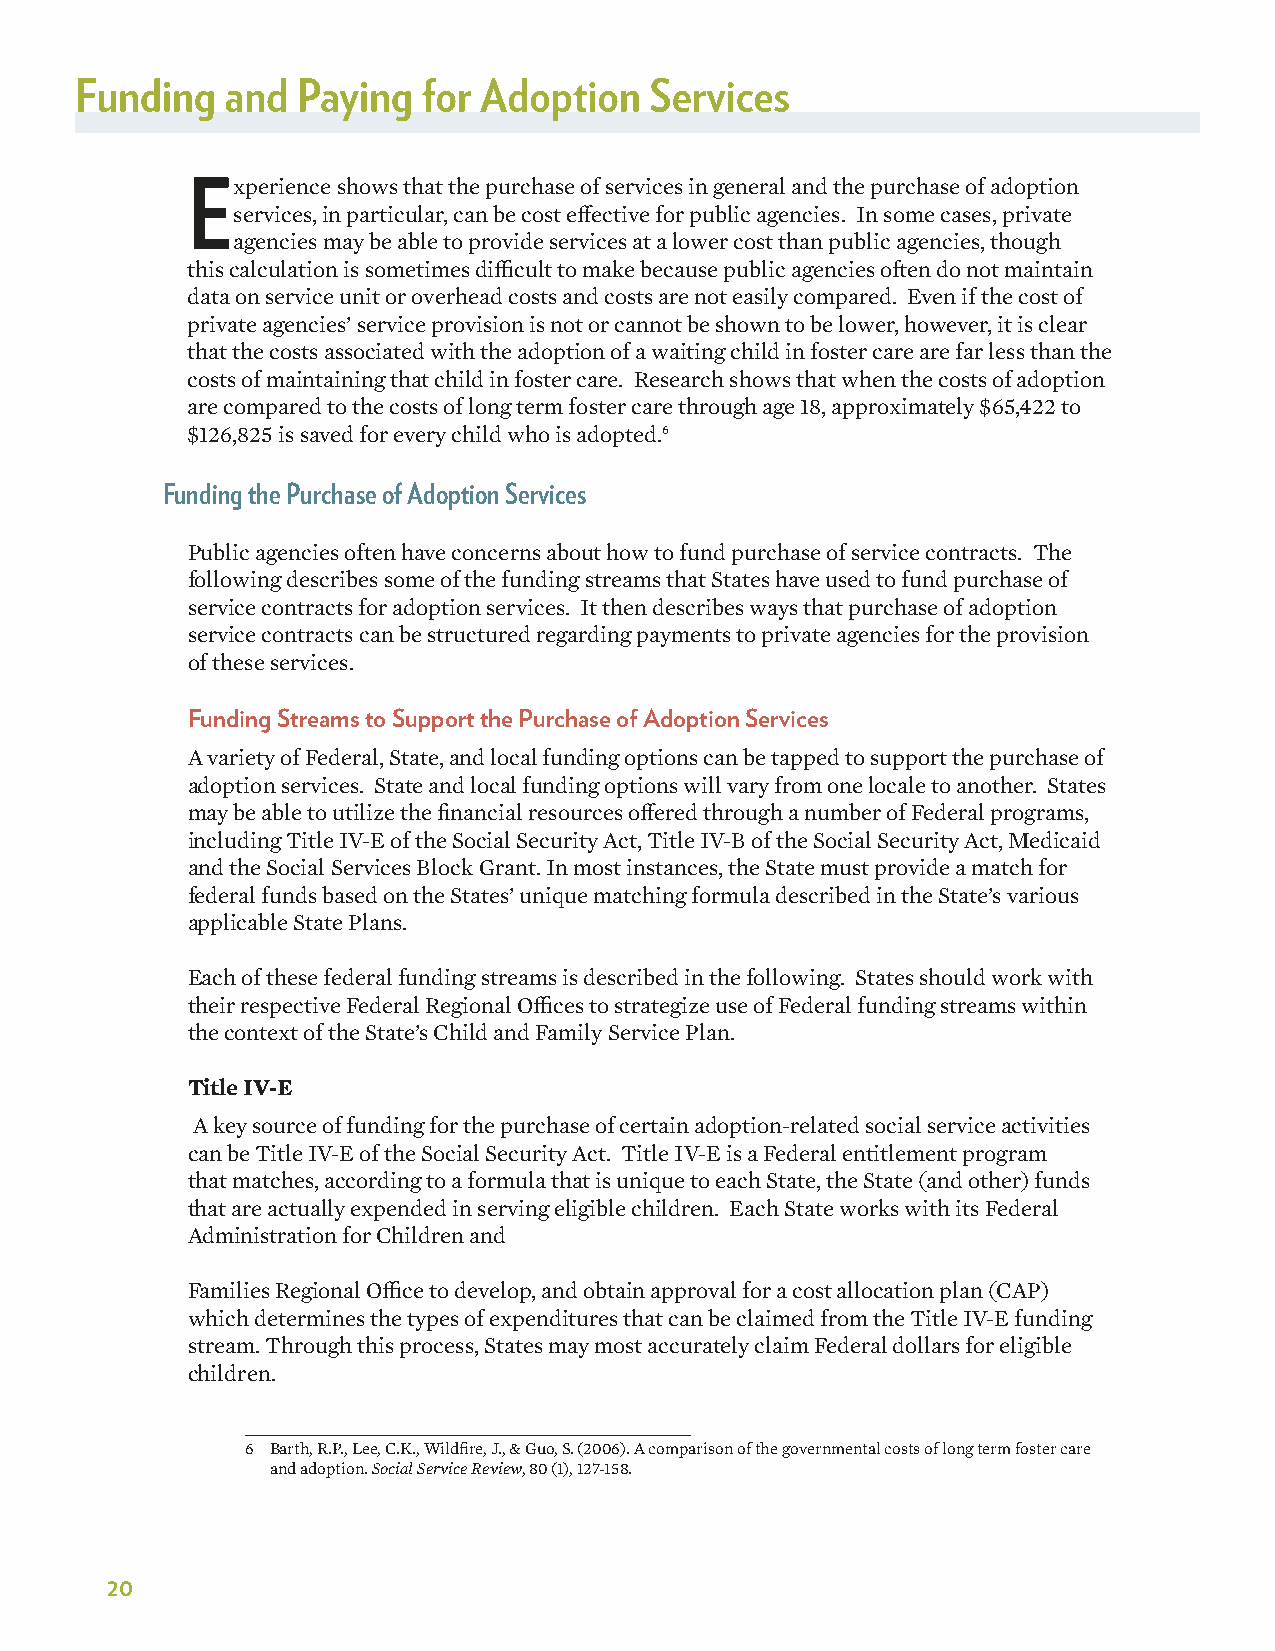
Funding   and  Paying  for Adoption   Services
 Experience shows that the purchase of services in general and the purchase of adoption
 services, in particular, can be cost effective for public agencies. In some cases, private
 agencies may be able to provide services at a lower cost than public agencies, though
 this calculation is sometimes difficult to make because public agencies often do not maintain
 data on service unit or overhead costs and costs are not easily compared. Even if the cost of
 private agencies’ service provision is not or cannot be shown to be lower, however, it is clear
 that the costs associated with the adoption of a waiting child in foster care are far less than the
 costs of maintaining that child in foster care. Research shows that when the costs of adoption
 are compared to the costs of long term foster care through age 18, approximately $65,422 to
 $126,825 is saved for every child who is adopted.6
 Funding the Purchase of Adoption Services
 Public agencies often have concerns about how to fund purchase of service contracts. The
 following describes some of the funding streams that States have used to fund purchase of
 service contracts for adoption services. It then describes ways that purchase of adoption
 service contracts can be structured regarding payments to private agencies for the provision
 of these services.
 Funding Streams to Support the Purchase of Adoption Services
 A variety of Federal, State, and local funding options can be tapped to support the purchase of
 adoption services. State and local funding options will vary from one locale to another. States
 may be able to utilize the financial resources offered through a number of Federal programs,
 including Title IV-E of the Social Security Act, Title IV-B of the Social Security Act, Medicaid
 and the Social Services Block Grant. In most instances, the State must provide a match for
 federal funds based on the States’ unique matching formula described in the State’s various
 applicable State Plans.
 Each of these federal funding streams is described in the following. States should work with
 their respective Federal Regional Offices to strategize use of Federal funding streams within
 the context of the State’s Child and Family Service Plan.
 Title IV-E
 A key source of funding for the purchase of certain adoption-related social service activities
 can be Title IV-E of the Social Security Act. Title IV-E is a Federal entitlement program
 that matches, according to a formula that is unique to each State, the State (and other) funds
 that are actually expended in serving eligible children. Each State works with its Federal
 Administration for Children and
 Families Regional Office to develop, and obtain approval for a cost allocation plan (CAP)
 which determines the types of expenditures that can be claimed from the Title IV-E funding
 stream. Through this process, States may most accurately claim Federal dollars for eligible
 children.
 6 Barth, R.P., Lee, C.K., Wildfire, J., & Guo, S. (2006). A comparison of the governmental costs of long term foster care
 and adoption. Social Service Review, 80 (1), 127-158.
 20